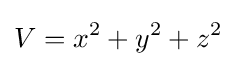
V=x^{2}+y^{2}+z^{2}